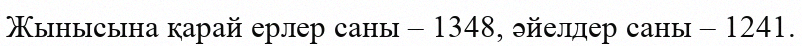
Жынысына қарай ерлер саны – 1348, әйелдер саны – 1241.